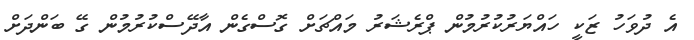
އެ ދުވަހު ޒަކީ ހައްޔަރުކުރުމުން ޕްރެޝަރު މައްޗަށް ގޮސްގެން އާދޭސްކުރުމުން ގޭ ބަންދަށް